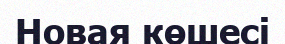
Новая көшесі